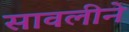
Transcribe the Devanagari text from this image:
सावलीने